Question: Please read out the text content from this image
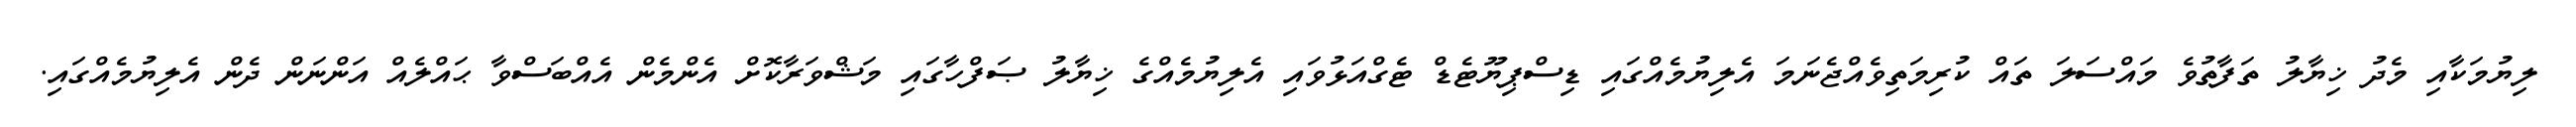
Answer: ލިޔުމަކާއި މެދު ޚިޔާލު ތަފާތުވެ މައްސަލަ ތައް ކުރިމަތިވެއްޖެނަމަ އެލިޔުމެއްގައި ޑިސްޕިޔޫޓެޑް ޓެގްއަޅުވައި އެލިޔުމެއްގެ ޚިޔާލު ޞަފްހާގައި މަޝްވަރާކޮށް އެންމެން އެއްބަސްވާ ޙައްލެއް އަންނަން ދެން އެލިޔުމެއްގައި.